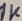
Text: 1K